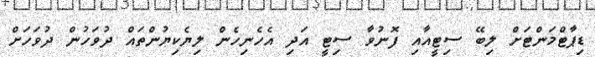
ޑިޕާޓްމަންޓަށް ލިބޭ ސިޓީއާއި ފޮނުވާ ސިޓީ އަދި އެހެނިހެން ލިޔެކިޔުންތައް ދުވަހުން ދުވަހަށް